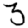
Digit: 3